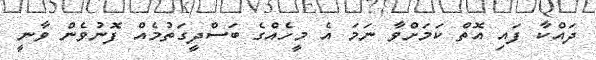
ދައްކާ ފައި އޮތް ކަމަށްވާ ނަމަ އެ މީހެއްގެ ބަސްދީގަތުމެއް ފޮނުވެން ވާނީ